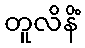
တူလိနိံ